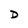
Character: D